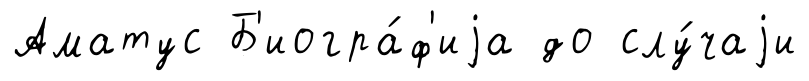
Аматус Б'иогра́ф'иjа до слу́чаjи